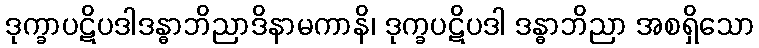
ဒုက္ခာပဋိပဒါဒန္ဓာဘိညာဒိနာမကာနိ၊ ဒုက္ခပဋိပဒါ ဒန္ဓာဘိညာ အစရှိသော